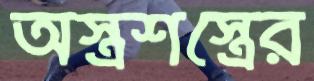
অস্ত্রশস্ত্রের